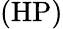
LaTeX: (\mathrm{HP})